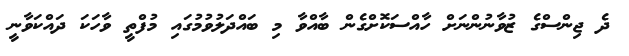
ދެ ޖިންސްގެ ޒުވާނުންނަށް ހާއްސަކޮށްގެން ބާއްވާ މި ބައްދަލުވުމުގައި މުފްތީ ވާހަކަ ދައްކަވާނީ